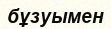
бұзуымен